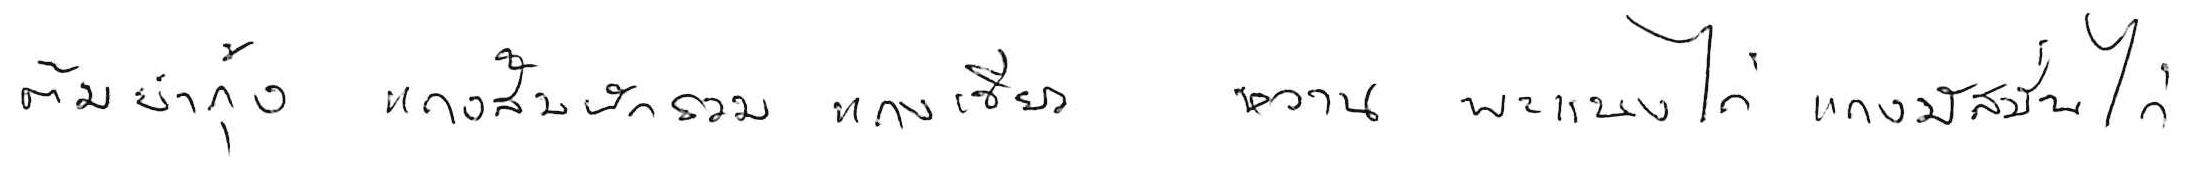
ต้มยำกุ้ง แกงส้มผักรวม แกงเขียวหวาน พะแนงไก่ แกงมัสมั่นไก่